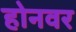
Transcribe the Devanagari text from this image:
होनवर